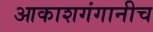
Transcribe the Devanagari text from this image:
आकाशगंगानीच